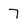
Character: 7